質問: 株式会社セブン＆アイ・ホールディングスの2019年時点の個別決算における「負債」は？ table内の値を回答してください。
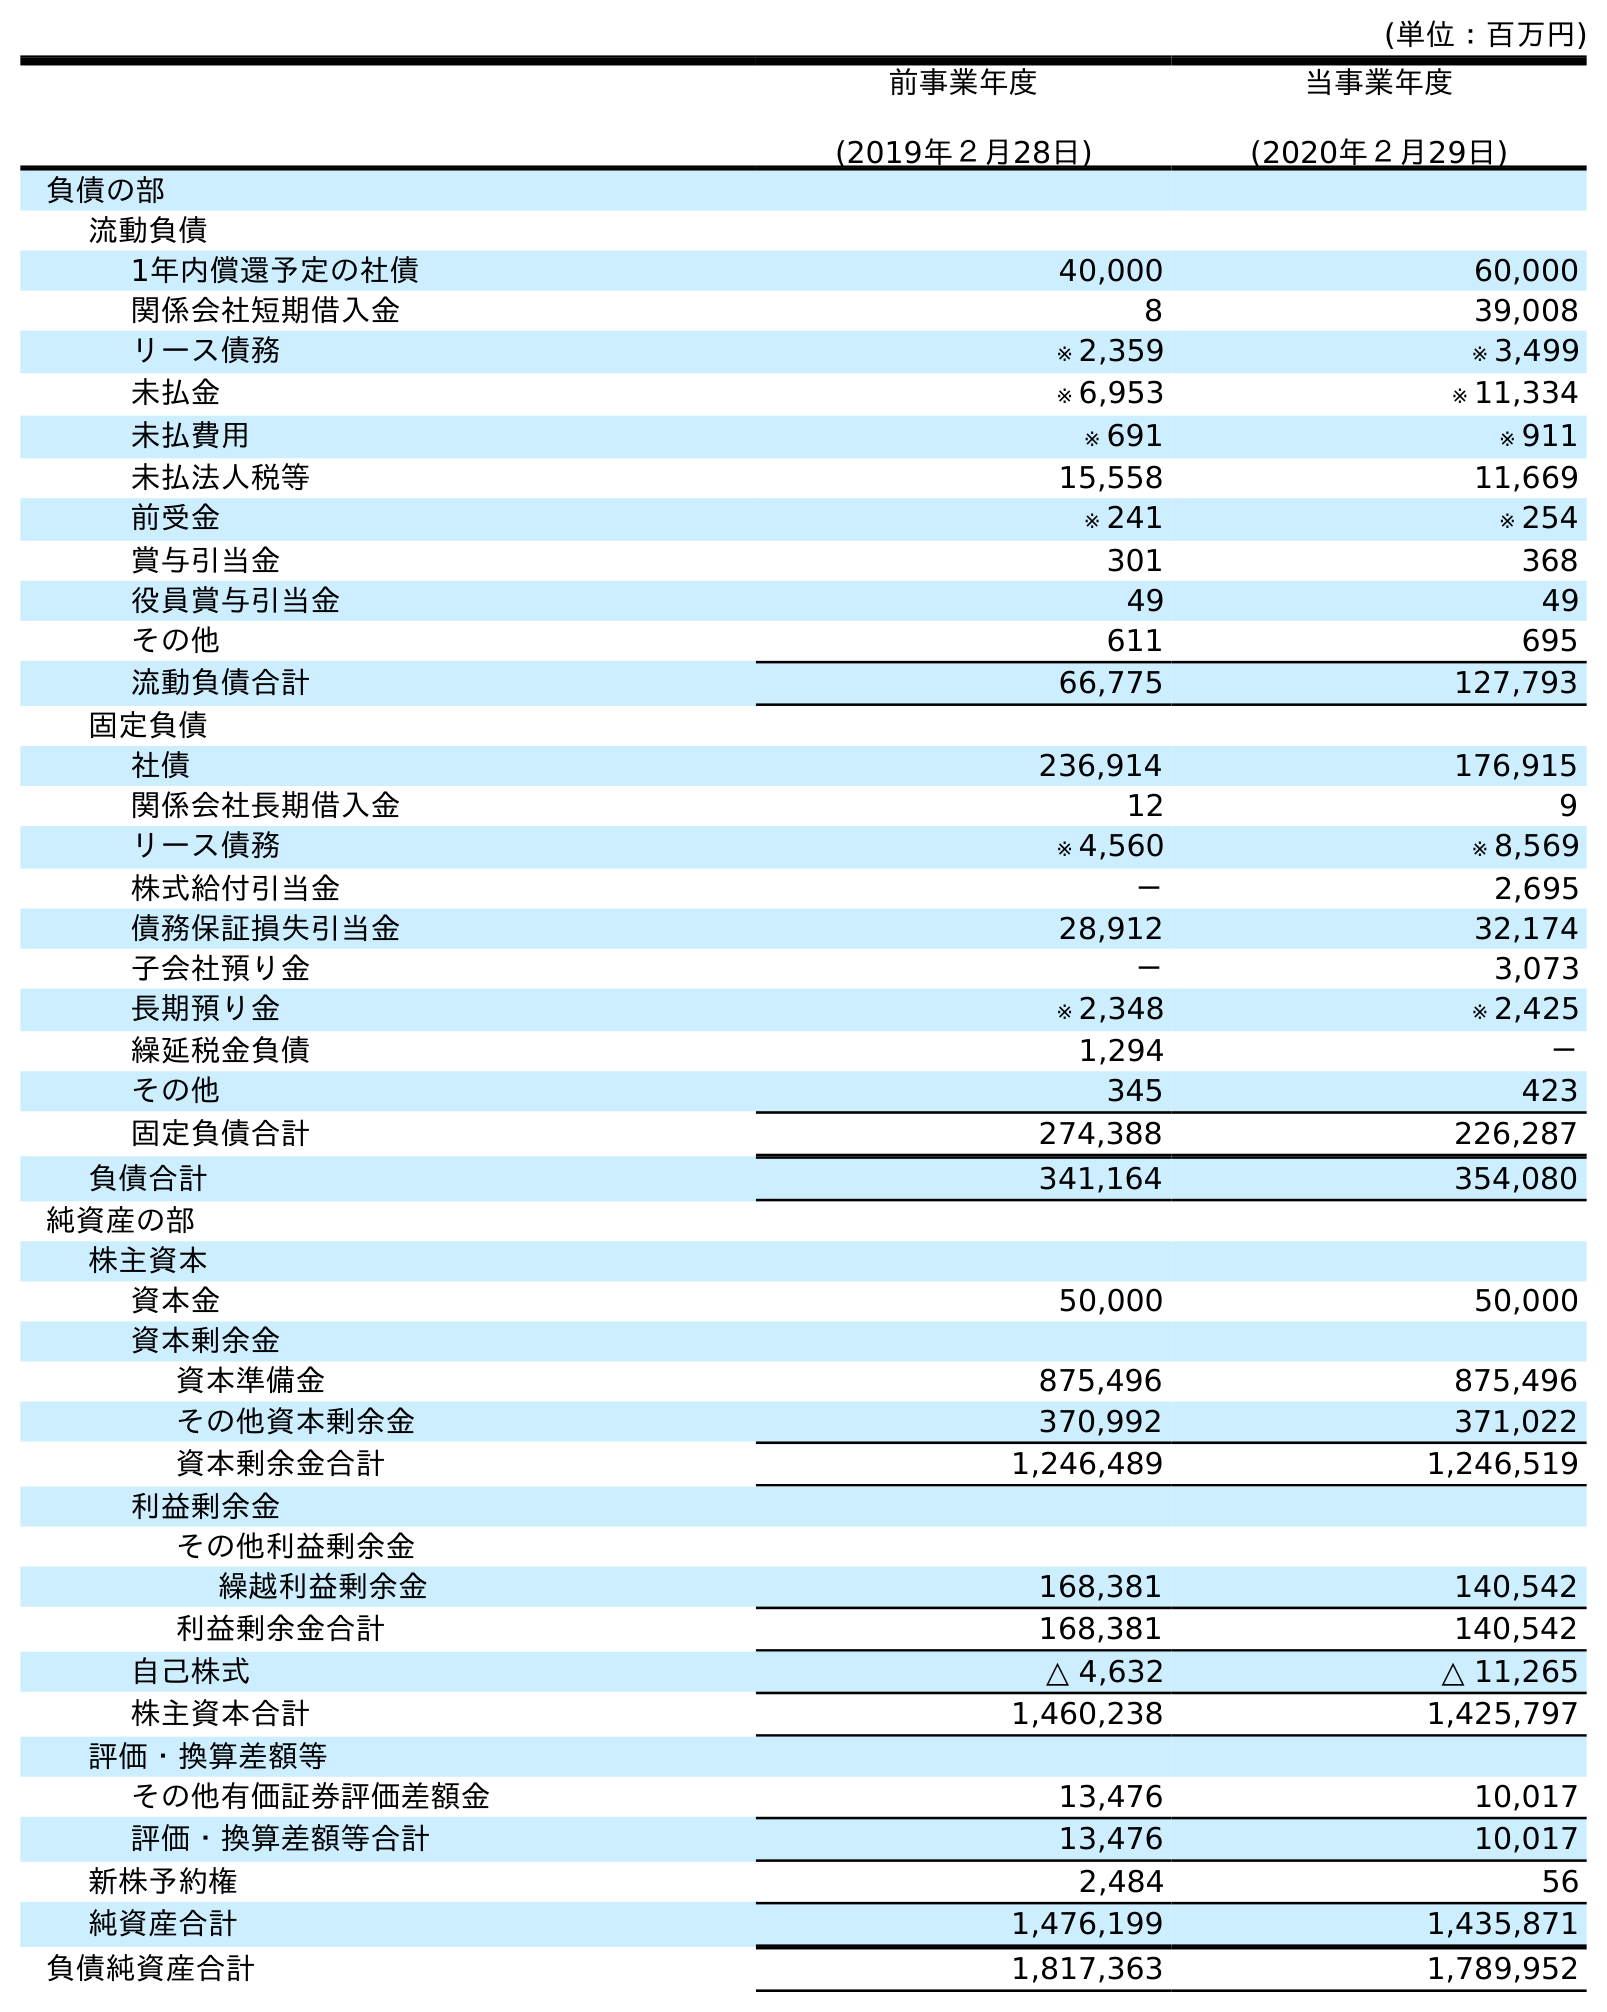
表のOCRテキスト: (単位：百万円) 前事業年度 (2019年２月28日) 当事業年度 (2020年２月29日) 負債の部 流動負債 1年内償還予定の社債 40,000 60,000 関係会社短期借入金 8 39,008 リース債務 ※ 2,359 ※ 3,499 未払金 ※ 6,953 ※ 11,334 未払費用 ※ 691 ※ 911 未払法人税等 15,558 11,669 前受金 ※ 241 ※ 254 賞与引当金 301 368 役員賞与引当金 49 49 その他 611 695 流動負債合計 66,775 127,793 固定負債 社債 236,914 176,915 関係会社長期借入金 12 9 リース債務 ※ 4,560 ※ 8,569 株式給付引当金 － 2,695 債務保証損失引当金 28,912 32,174 子会社預り金 － 3,073 長期預り金 ※ 2,348 ※ 2,425 繰延税金負債 1,294 － その他 345 423 固定負債合計 274,388 226,287 負債合計 341,164 354,080 純資産の部 株主資本 資本金 50,000 50,000 資本剰余金 資本準備金 875,496 875,496 その他資本剰余金 370,992 371,022 資本剰余金合計 1,246,489 1,246,519 利益剰余金 その他利益剰余金 繰越利益剰余金 168,381 140,542 利益剰余金合計 168,381 140,542 自己株式 △ 4,632 △ 11,265 株主資本合計 1,460,238 1,425,797 評価・換算差額等 その他有価証券評価差額金 13,476 10,017 評価・換算差額等合計 13,476 10,017 新株予約権 2,484 56 純資産合計 1,476,199 1,435,871 負債純資産合計 1,817,363 1,789,952
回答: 341,164